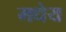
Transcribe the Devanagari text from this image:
मधेय